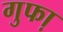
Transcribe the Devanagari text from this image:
गुफा़